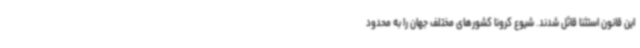
این قانون استثنا قائل شدند. شیوع کرونا کشورهای مختلف جهان را به محدود